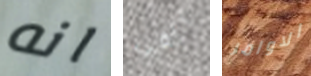
انه تلقي الاوامر